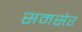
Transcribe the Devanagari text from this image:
समसेर